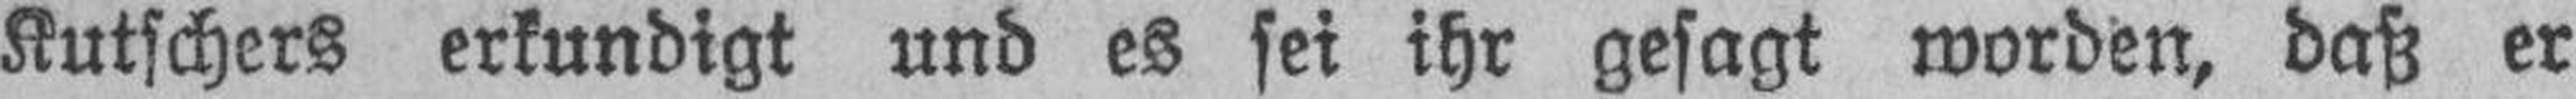
Kutschers erkundigt und es sei ihr gesagt worden, daß er